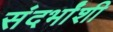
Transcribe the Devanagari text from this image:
संदर्भांंशी